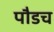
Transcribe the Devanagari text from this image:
पौडच